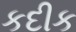
કદીક